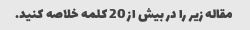
مقاله زیر را در بیش از 20 کلمه خلاصه کنید.